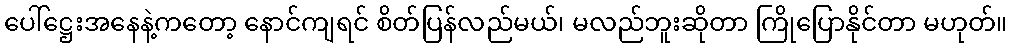
ပေါ်ဋ္ဌေးအနေနဲ့ကတော့ နောင်ကျရင် စိတ်ပြန်လည်မယ်၊ မလည်ဘူးဆိုတာ ကြိုပြောနိုင်တာ မဟုတ်။